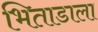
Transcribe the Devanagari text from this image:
भिताडाला